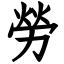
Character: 勞